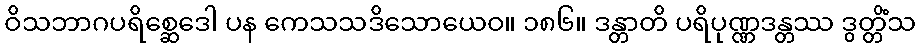
ဝိသဘာဂပရိစ္ဆေဒေါ ပန ကေသသဒိသောယေဝ။ ၁၈၆။ ဒန္တာတိ ပရိပုဏ္ဏဒန္တဿ ဒွတ္တိံသ